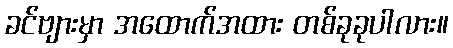
ခင်ဗျားမှာ အထောက်အထား တစ်ခုခုပါလား။